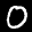
Label: 0